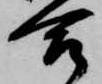
合